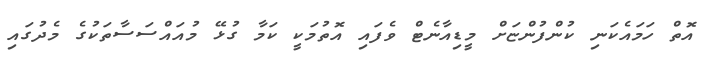
އޮތް ހަމައެކަނި ކުންފުންޏަށް މީޑިއާނެޓް ވެފައި އޮތުމަކީ ކަމާ ގުޅޭ މުއައްސަސާތަކުގެ މެދުގައި